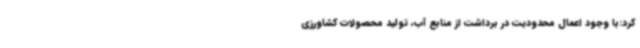
کرد:با وجود اعمال محدودیت در برداشت از منابع آب، تولید محصولات کشاورزی